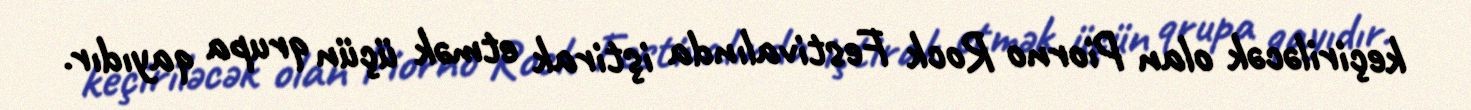
keçiriləcək olan Piorno Rock Festivalında iştirak etmək üçün qrupa qayıdır.